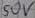
Text: 50V